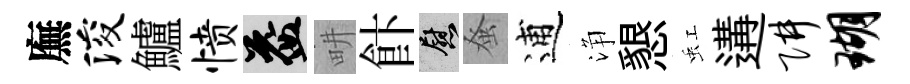
廡浚鱸愤益畊飰慰𫊫逋浄懇虹遘阱瑚